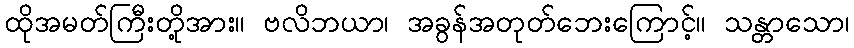
ထိုအမတ်ကြီးတို့အား။ ဗလိဘယာ၊ အခွန်အတုတ်ဘေးကြောင့်။ သန္တာသော၊